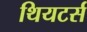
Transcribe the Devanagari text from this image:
थियटर्स